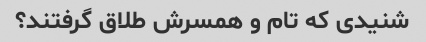
شنیدی که تام و همسرش طلاق گرفتند؟